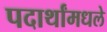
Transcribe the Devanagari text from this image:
पदार्थांमधले